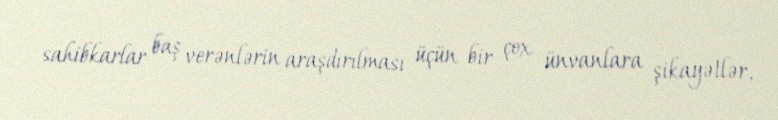
sahibkarlar baş verənlərin araşdırılması üçün bir çox ünvanlara şikayətlər,